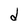
Character: d